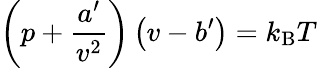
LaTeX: \left(p+{\frac{a^{\prime}}{v^{2}}}\right)\left(v-b^{\prime}\right)=k_{\mathrm{B}}T